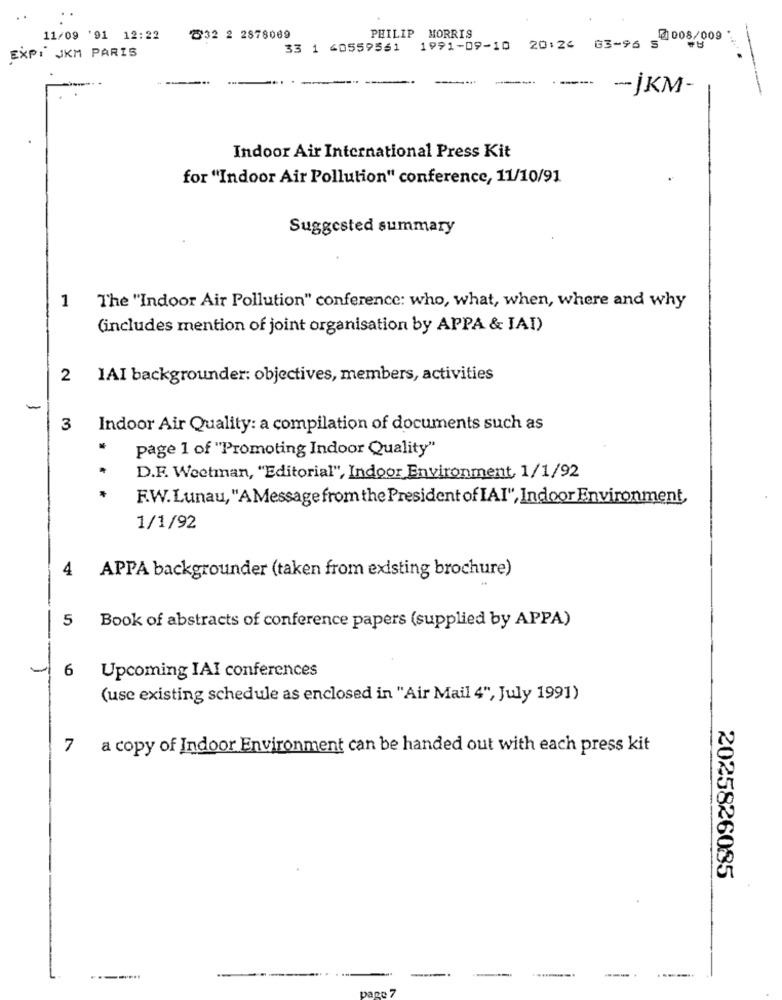
11/09 '91 12:22
232 2 2878069
PHILIP MORRIS
2008/009
33 1 40559561
1991-09-10 20:24 63-96 5
EXPI JKM PARIS
. .
----
-JKM-
---
Indoor Air International Press Kit
for "Indoor Air Pollution" conference, 11/10/91
Suggested summary
1 The "Indoor Air Pollution" conference: who, what, when, where and why
(includes mention of joint organisation by APPA & IAI)
2
1AI backgrounder: objectives, members, activities
-
Indoor Air Quality: a compilation of documents such as
page 1 of "Promoting Indoor Quality"
D.F. Weetman, "Editorial", Indoor Environment, 1/1/92
F.W.Lunau, "AMessage from the President of IAI", Indoor Environment,
1/1/92
4 APPA backgrounder (taken from existing brochure)
5
Book of abstracts of conference papers (supplied by APPA)
6
Upcoming IAI conferences
(use existing schedule as enclosed in "Air Mail 4", July 1991)
7 a copy of Indoor Environment can be handed out with each press kit
2025826085
---
..........
---
-----...
page 7